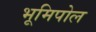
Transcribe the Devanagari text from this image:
भूमिपोल